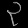
Digit: ၃